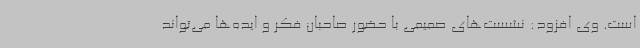
است. وی افزود: نشست‌های صمیمی با حضور صاحبان فکر و ایده‌ها می‌تواند